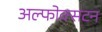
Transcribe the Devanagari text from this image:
अल्फोक्सटन